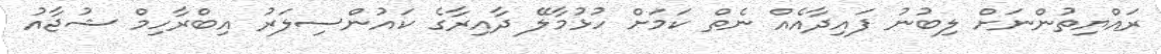
ރައްޔިތުންނަށް ލިބުނު ފައިދާއެއް ނެތް ކަމަށް ހުޅުމާލޭ ދާއިރާގެ ކައުންސިލަރު އިބްރާހިމް ޝުޖާއު